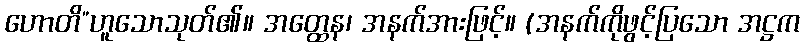
ဟောတိ”ဟူသောသုတ်၏။ အတ္ထေန၊ အနက်အားဖြင့်။ (အနက်ကိုဖွင့်ပြသော အဋ္ဌက